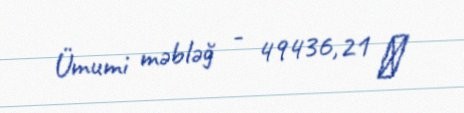
Ümumi məbləğ - 49436,21 ₼